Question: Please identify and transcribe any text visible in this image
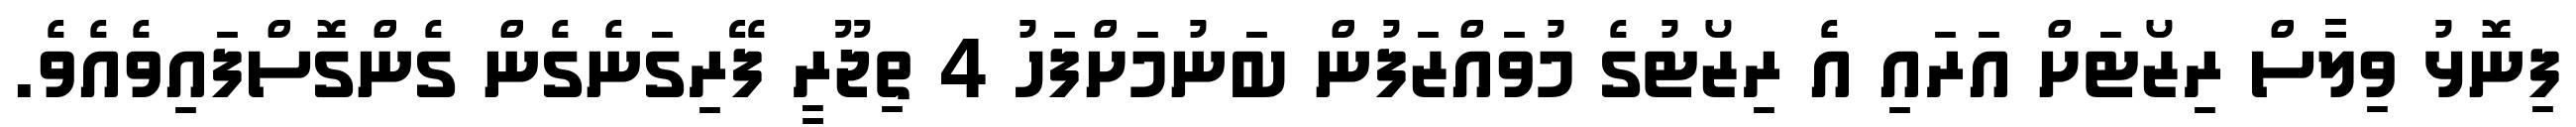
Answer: ފިނޮޅު ވިލާސް ރިޒޯޓަށް އަރައި އެ ރިޒޯޓުގެ މުވައްޒަފުން ބަނުމަށްފަހު 4 ތިޖޫރީ ފޭރިގަނެގެން ގެންގޮސްފައިވެއެވެ.